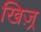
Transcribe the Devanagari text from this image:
खिज़्र